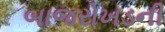
બાજરોખડની